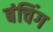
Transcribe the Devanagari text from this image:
बंचिंग